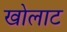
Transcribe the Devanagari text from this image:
खोलाट